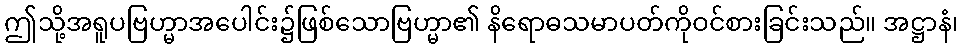
ဤသို့အရူပဗြဟ္မာအပေါင်း၌ဖြစ်သောဗြဟ္မာ၏ နိရောဓသမာပတ်ကိုဝင်စားခြင်းသည်။ အဋ္ဌာနံ၊